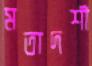
মতাদর্শী